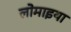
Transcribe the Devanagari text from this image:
लोमाइया